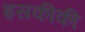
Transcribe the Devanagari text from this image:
इसकीकी